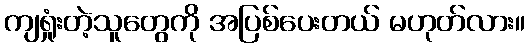
ကျရှုံးတဲ့သူတွေကို အပြစ်ပေးတယ် မဟုတ်လား။